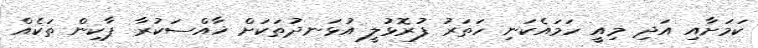
ކަމަށާއި އަދި މިއީ ހަމައެކަނި ހަތަރު ފުރޮޅުލީ އުޅަނދުތަކަށް ޚާއްސަކުރާ ޕާކިން ތަކެއް